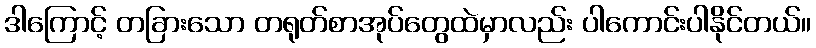
ဒါကြောင့် တခြားသော တရုတ်စာအုပ်တွေထဲမှာလည်း ပါကောင်းပါနိုင်တယ်။